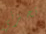
تحزني